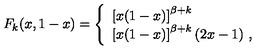
F _ { k } ( x , 1 - x ) = \left\{ \begin{array} { l } { \left[ x ( 1 - x ) \right] ^ { \beta + k } } \\ { \left[ x ( 1 - x ) \right] ^ { \beta + k } ( 2 x - 1 ) \ , } \\ \end{array} \right.